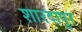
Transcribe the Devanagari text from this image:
शारदापुर